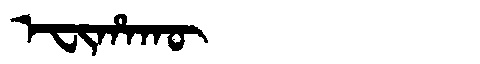
Manchu: ᡝᠸᡳᡥᠠᡴᡡ
Romanization: EFIHAKŪ